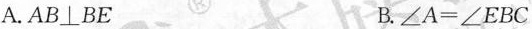
A. AB⊥BE B. $$∠ A = ∠ E B C$$